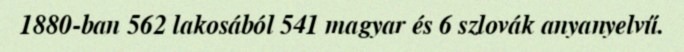
1880-ban 562 lakosából 541 magyar és 6 szlovák anyanyelvű.